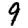
Digit: 9